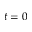
t = 0